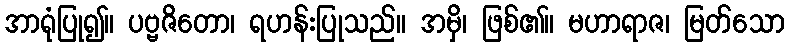
အာရုံပြု၍။ ပဗ္ဗဇိတော၊ ရဟန်းပြုသည်။ အမှိ၊ ဖြစ်၏။ မဟာရာဇ၊ မြတ်သော